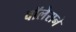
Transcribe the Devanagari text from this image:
वॉलेसने